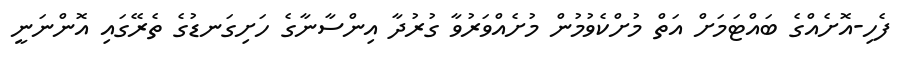
ފެހި-އޮށެއްގެ ބައްޓަމަށް އަތް މުށްކެވުމުން މުށެއްވަރުވާ ގުރުދާ އިންސާނާގެ ހަށިގަނޑުގެ ތެރޭގައި އޮންނަނީ